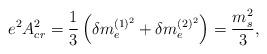
LaTeX: \begin{align*}e^2A_{cr}^2 = {1\over 3} \left( \delta m_e^{(1)^2} + \delta m_e^{(2)^2}\right) = {m_s^2\over 3}, \end{align*}